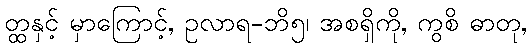
တ္ထနှင့် မှာကြောင့်, ဥလာရ-ဘိ၅၊ အစရှိကို, ကွစိ ဓာတု,